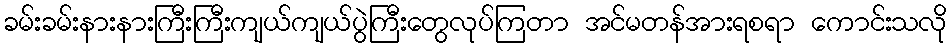
ခမ်းခမ်းနားနားကြီးကြီးကျယ်ကျယ်ပွဲကြီးတွေလုပ်ကြတာ အင်မတန်အားရစရာ ကောင်းသလို